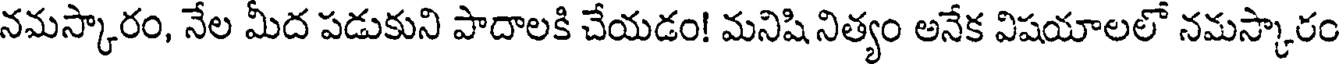
నమస్కారం, నేల మీద పడుకుని పాదాలకి చేయడం! మనిషి నిత్యం అనేక విషయాలలో నమస్కారం